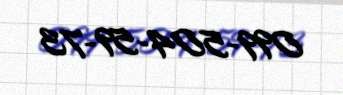
099-504-59-73